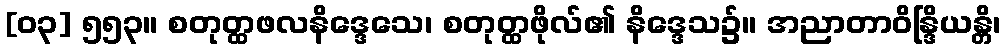
[၀၃] ၅၅၃။ စတုတ္ထဖလနိဒ္ဒေသေ၊ စတုတ္ထဖိုလ်၏ နိဒ္ဒေသ၌။ အညာတာဝိန္ဒြိယန္တိ၊